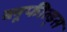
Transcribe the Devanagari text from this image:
ब्लूफील्ड्स